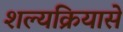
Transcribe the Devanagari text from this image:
शल्यक्रियासे